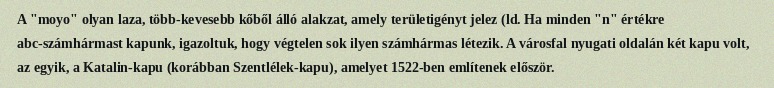
A "moyo" olyan laza, több-kevesebb kőből álló alakzat, amely területigényt jelez (ld. Ha minden "n" értékre abc-számhármast kapunk, igazoltuk, hogy végtelen sok ilyen számhármas létezik. A városfal nyugati oldalán két kapu volt, az egyik, a Katalin-kapu (korábban Szentlélek-kapu), amelyet 1522-ben említenek először.